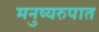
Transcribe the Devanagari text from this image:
मनुष्यरुपात